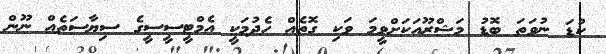
ކުޑަ ނުވަތަ ބޮޑު މަޝްރޫއަކަށްވީމަ ވަކި ގޮތެއް ހެދުމަކީ އެމްޓީސީސީގެ ސިޔާސަތެއް ނޫން